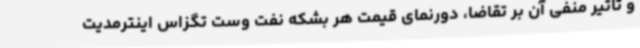
و تاثیر منفی آن بر تقاضا، دورنمای قیمت هر بشکه نفت وست تگزاس اینترمدیت